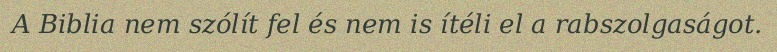
A Biblia nem szólít fel és nem is ítéli el a rabszolgaságot.